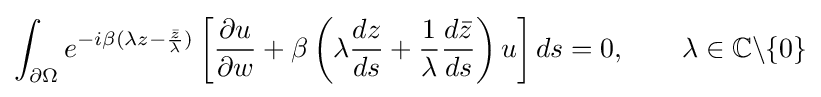
\int _{\partial \Omega }e^{-i\beta (\lambda z-{\frac {\bar {z}}{\lambda }})}\left[{\frac {\partial u}{\partial w}}+\beta \left(\lambda {\frac {dz}{ds}}+{\frac {1}{\lambda }}{\frac {d{\bar {z}}}{ds}}\right)u\right]ds=0,\qquad \lambda \in \mathbb {C} \backslash \{0\}